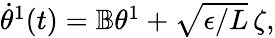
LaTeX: \begin{array}{r}{\dot{{\theta}}^{1}(t)=\mathbb{B}{{\theta}}^{1}+\sqrt{\epsilon/L}\, {\zeta},}\end{array}